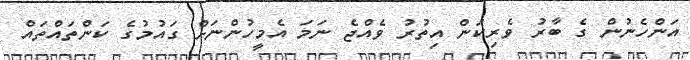
އަންހެނުން ގެ ބާރު ވެރިކަން އިތުރު ވެއްޖެ ނަމަ އެމީހުންނަށް ގައުމުގެ ކަންތައްތައް